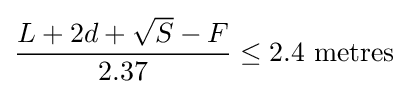
{\frac {L+2d+{\sqrt {S}}-F}{2.37}}\leq 2.4{\mbox{ metres}}